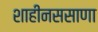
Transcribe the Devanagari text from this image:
शाहीनससाणा